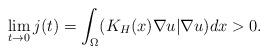
LaTeX: \begin{align*}\lim_{t\to 0}j(t)=\int_{\Omega}(K_H(x)\nabla u|\nabla u)dx>0.\end{align*}